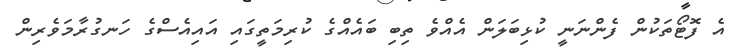
އެ ފޮޓޯތަކުން ފެންނަނީ ކުޅިބަލަން އެއްވެ ތިބި ބައެއްގެ ކުރިމަތީގައި އައިއެސްގެ ހަނގުރާމަވެރިން